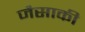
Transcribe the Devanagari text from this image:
जैसाकी